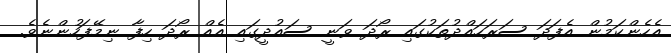
އެހެންކަމުން އެފަދަ ސަރަހައްދުތަކުގައި ރޯދަ ވަނީ ސައުދީގައި އެއް ރޯދަ ހިފާ ނިމޭފަހުންނެވެ.